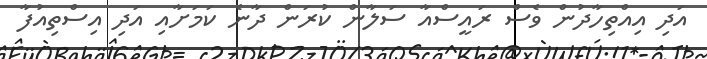
އަދި އިއްތިހާދުން ވެސް ރައީސްއާ ސަލާން ކުރަން ދާނެ ކަމަށާއި އަދި އިސްތިއުފާ